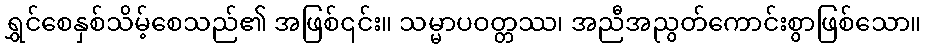
ရွှင်စေနှစ်သိမ့်စေသည်၏ အဖြစ်၎င်း။ သမ္မာပဝတ္တဿ၊ အညီအညွတ်ကောင်းစွာဖြစ်သော။